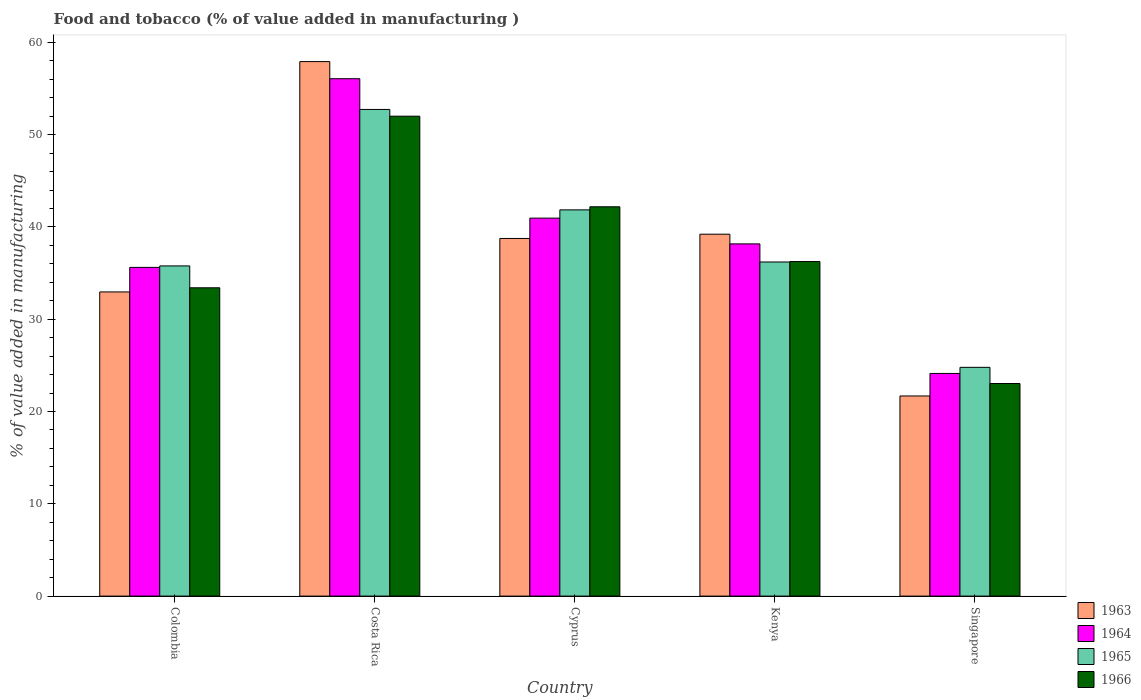
| Country | 1963 | 1964 | 1965 | 1966 |
 | --- | --- | --- | --- | --- |
 | Colombia | 33 | 35.6 | 35.8 | 33.4 |
 | Costa Rica | 57.9 | 56.1 | 52.7 | 52 |
 | Cyprus | 38.8 | 41 | 41.9 | 42.2 |
 | Kenya | 39.2 | 38.2 | 36.2 | 36.3 |
 | Singapore | 21.7 | 24.1 | 24.8 | 23 |